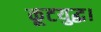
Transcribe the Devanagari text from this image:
कूटयुद्ध।